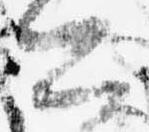
公